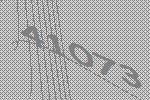
41073